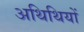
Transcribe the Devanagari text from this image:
अथिथियों